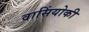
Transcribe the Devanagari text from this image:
वासिंयोकी